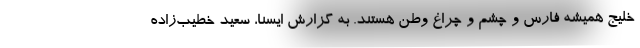
خلیج همیشه فارس و چشم و چراغ وطن هستند. به گزارش ایسنا، سعید خطیب‌زاده